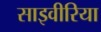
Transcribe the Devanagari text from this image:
साइवीरिया